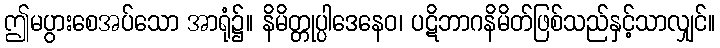
ဤမပွားစေအပ်သော အာရုံ၌။ နိမိတ္တုပ္ပါဒေနေဝ၊ ပဋိဘာဂနိမိတ်ဖြစ်သည်နှင့်သာလျှင်။